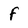
Character: f